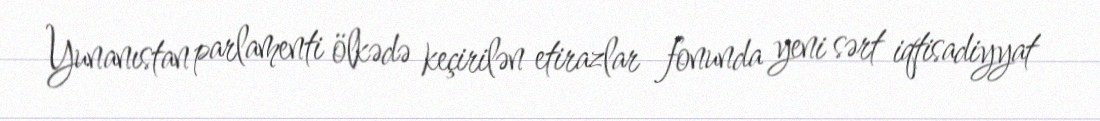
Yunanıstan parlamenti ölkədə keçirilən etirazlar fonunda yeni sərt iqtisadiyyat